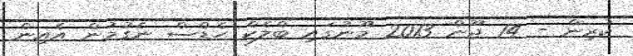
ކުރިން - 14 ޖޫން 2013 މޫނުގައި ބްލެކް ހެޑްސް ނެގުމުން އެއިން